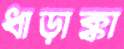
ধাড়াক্কা